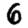
Digit: 6